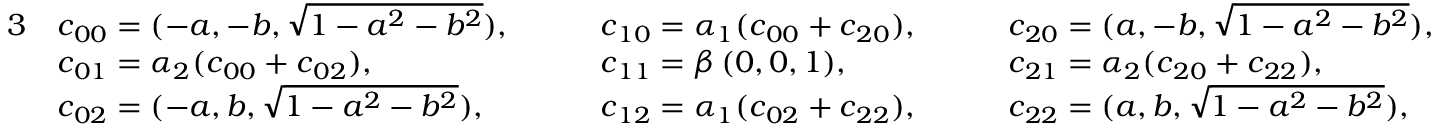
\begin{array} { r l r l r l } { { 3 } } & { \boldsymbol { c } _ { 0 0 } = ( - a , - b , \sqrt { 1 - a ^ { 2 } - b ^ { 2 } } ) , \quad } & & { \boldsymbol { c } _ { 1 0 } = \alpha _ { 1 } ( \boldsymbol { c } _ { 0 0 } + \boldsymbol { c } _ { 2 0 } ) , \quad } & & { \boldsymbol { c } _ { 2 0 } = ( a , - b , \sqrt { 1 - a ^ { 2 } - b ^ { 2 } } ) , \quad } \\ & { \boldsymbol { c } _ { 0 1 } = \alpha _ { 2 } ( \boldsymbol { c } _ { 0 0 } + \boldsymbol { c } _ { 0 2 } ) , \quad } & & { \boldsymbol { c } _ { 1 1 } = \beta \, ( 0 , 0 , 1 ) , \quad } & & { \boldsymbol { c } _ { 2 1 } = \alpha _ { 2 } ( \boldsymbol { c } _ { 2 0 } + \boldsymbol { c } _ { 2 2 } ) , \quad } \\ & { \boldsymbol { c } _ { 0 2 } = ( - a , b , \sqrt { 1 - a ^ { 2 } - b ^ { 2 } } ) , \quad } & & { \boldsymbol { c } _ { 1 2 } = \alpha _ { 1 } ( \boldsymbol { c } _ { 0 2 } + \boldsymbol { c } _ { 2 2 } ) , \quad } & & { \boldsymbol { c } _ { 2 2 } = ( a , b , \sqrt { 1 - a ^ { 2 } - b ^ { 2 } } ) , } \end{array}